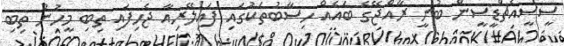
ސީސީއެޗްޑީސީން ބުނީ ރާއްޖޭގެ ބައެއް ހިސާބުތަކުގައި ފައިލޭރިއާ ޖެހިފައި ތިބި މީހުން ތިބި